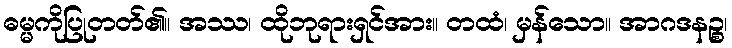
ဓမ္မကိုပြုတတ်၏။ အဿ၊ ထိုဘုရားရှင်အား။ တထံ၊ မှန်သော။ အာဂဒနဉ္စ၊